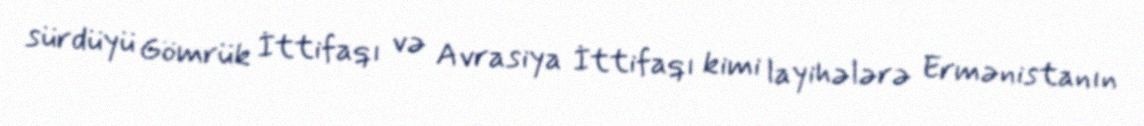
sürdüyü Gömrük İttifaqı və Avrasiya İttifaqı kimi layihələrə Ermənistanın